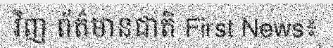
វិញ ព័ត៌មានជាតិ First News៖